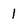
Character: 1